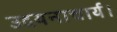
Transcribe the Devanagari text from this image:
उदयनाचार्य।